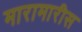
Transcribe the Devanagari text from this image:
मारामारीस